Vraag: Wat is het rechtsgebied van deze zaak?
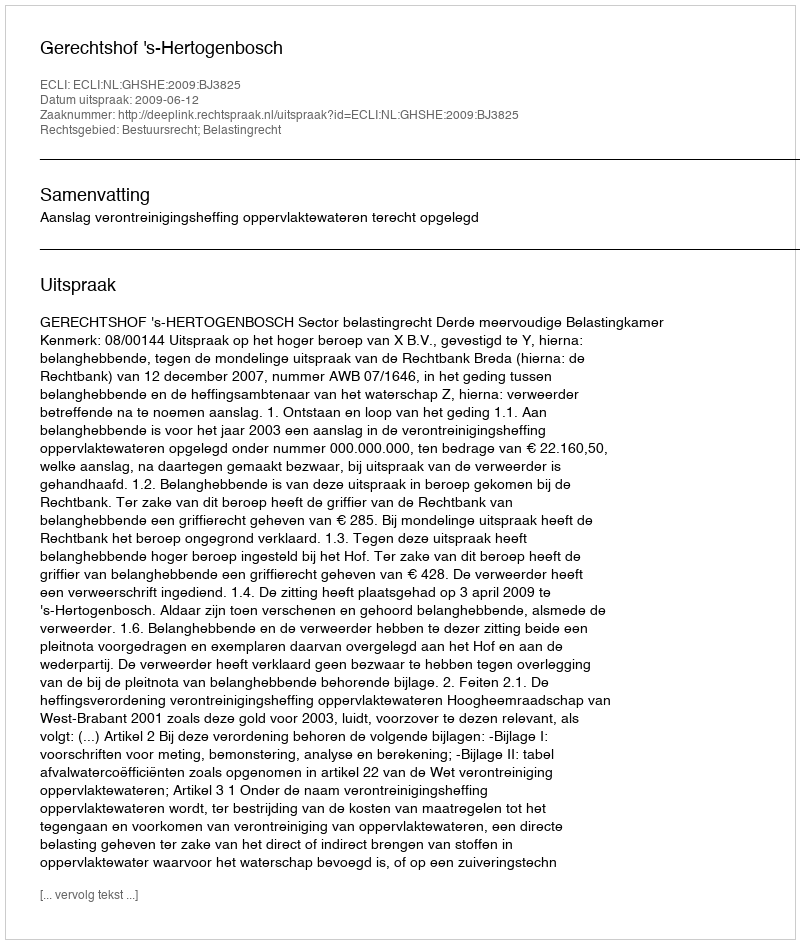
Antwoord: Bestuursrecht; Belastingrecht